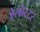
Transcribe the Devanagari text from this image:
ऐलबैस्टर